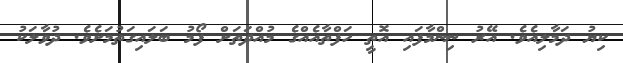
ކިޔު ދަމާލިއެވެ. އޭރު ނިންމާފައި އޮތީ ހަފްތާއެއްގެ މުއްދަތަށް ފޯމު ބަލައިގަތުމަށެވެ. ދުވާލަކު